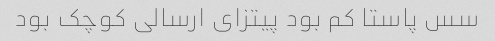
سس پاستا کم بود پیتزای ارسالی کوچک بود